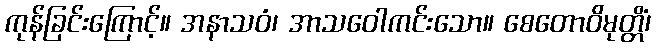
ကုန်ခြင်းကြောင့်။ အနာသဝံ၊ အာသဝေါကင်းသော။ စေတောဝိမုတ္တိံ၊